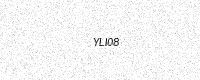
Text: YLI08